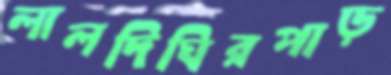
লালদিঘিরপাড়